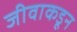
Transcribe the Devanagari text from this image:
जीवाकडून